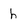
Character: h